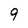
Character: 9